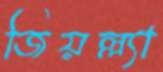
জিয়ল্ল্যা